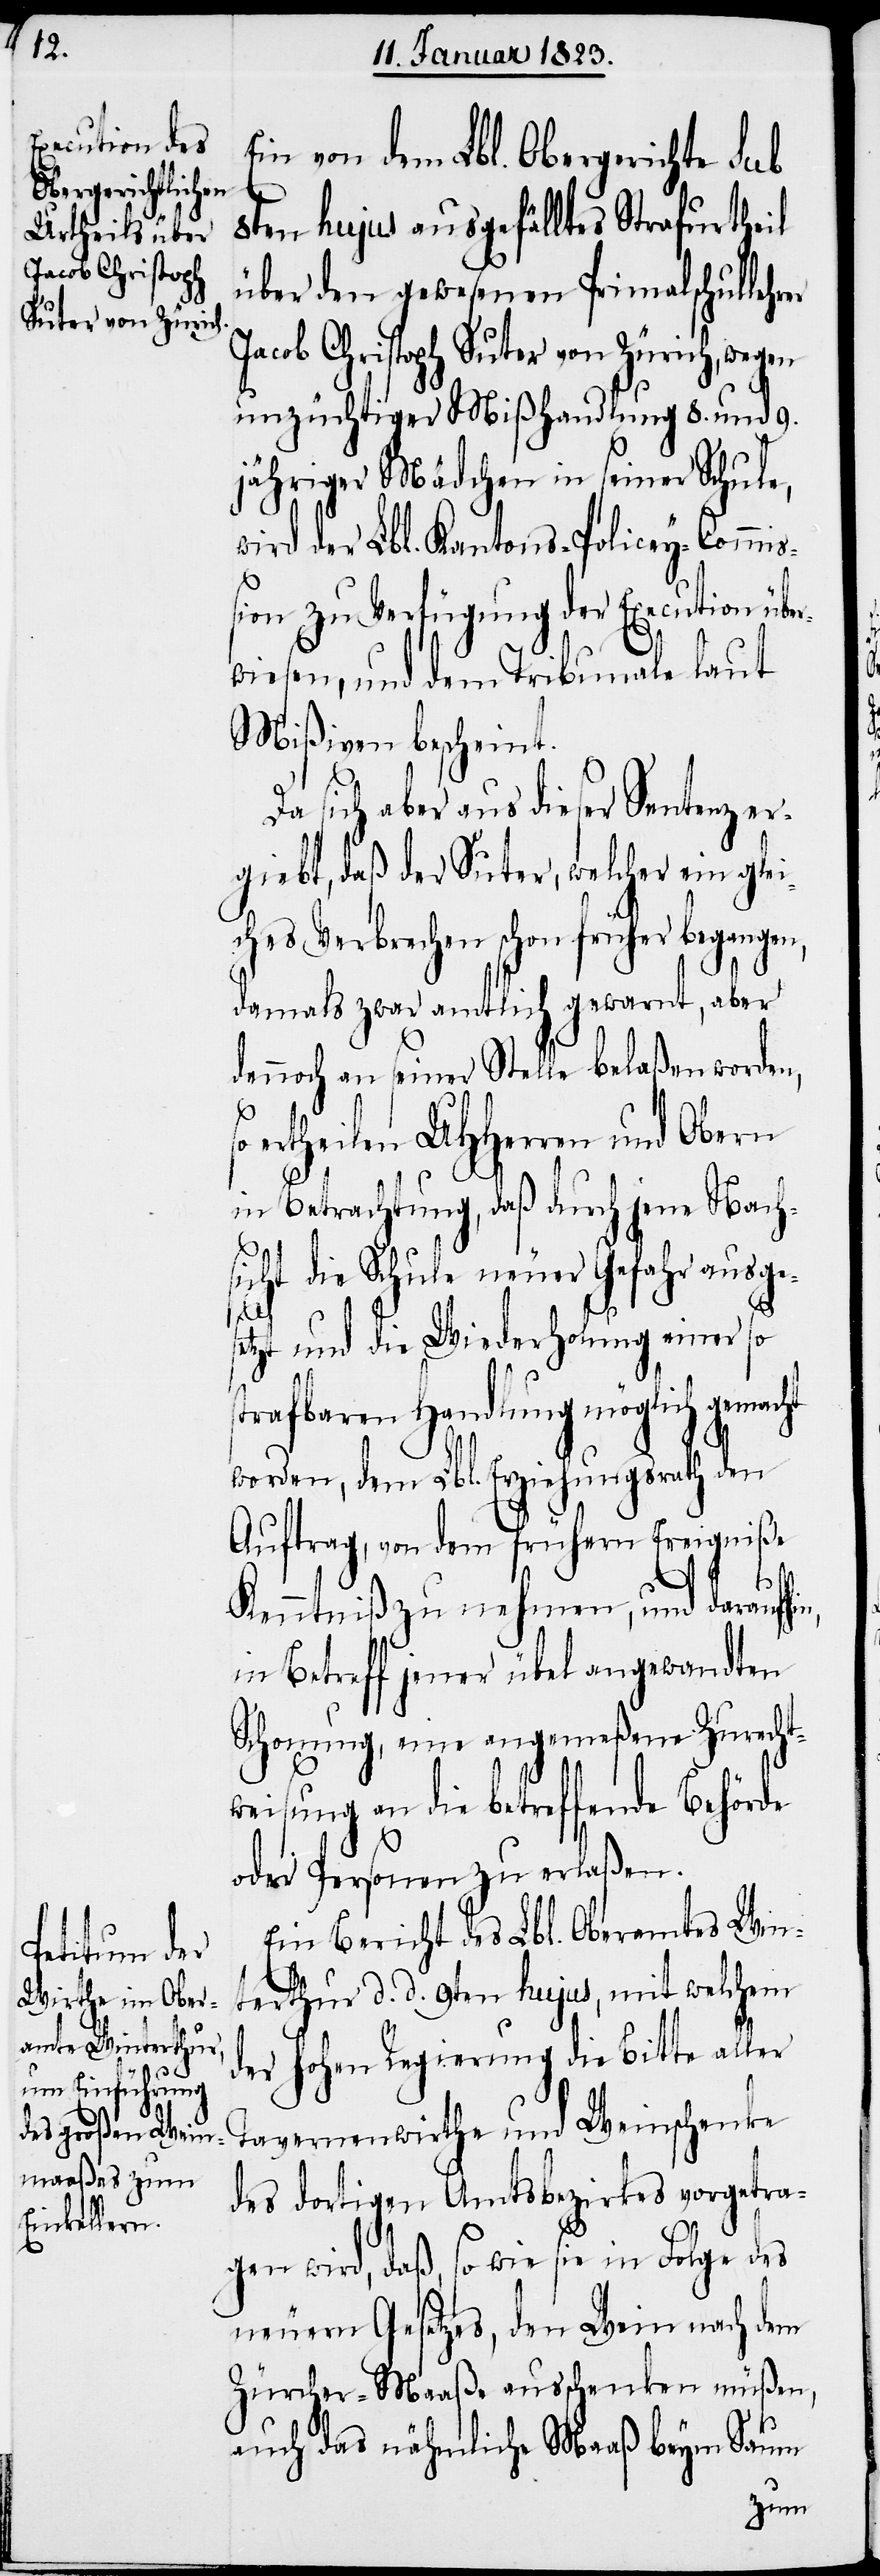
Ein von dem Lbl. Obergerichte sub
8ten hujus ausgefälltes Strafurtheil
über den gewesenen Primalschullehrer
Jacob Christoph Suter von Zürich, wegen
unzüchtiger Mißhandlung 8. und 9.
jähriger Mädchen in seiner Schule,
wird der Lbl. Kantons-Policey-Commiß¬
ion zu Verfügung der Execution übe¬
rwiesen, und dem Tribunale laut
Mißiven bescheint.
Da sich aber aus dieser Sentenz er¬
giebt, daß der Suter, welcher ein glei¬
ches Verbrechen schon früher begangen,
damals zwar amtlich gewarnt, aber
dennoch an seiner Stelle belaßen worden,
ertheilen UHHerren und Obern
in Betrachtung, daß durch jene Nach¬
sicht die Schule neuer Gefahr ausge¬
setzt und die Wiederholung einer so
strafbaren Handlung möglich gemac¬
worden, dem Lbl. Erziehungsrath den
Auftrag, von dem frühern Ereigniße
w¬
Kenntniß zu nehmen, und daraufhin,
in Betreff jener übel angewandten
Schonung, eine angemeßene Zurecht¬
eisung an die betreffende Behörde
oder Personen zu erlaßen.
Ein Bericht des Lbl. Oberamtes Win¬
terthur d. d. 9ten hujus, mit welchem
der hohen Regierung die Bitte aller
Tavernenwirthe und Weinschenke
des dortigen Amtsbezirkes vorgetra¬
ht
gen wird, daß, so wie sie in Folge des
neuern Gesetzes, den Wein nach dem
Zürcher-Maaße ausschenken müßen,
auch das nähmliche Maaß beym Saum